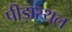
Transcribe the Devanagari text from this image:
पीड़ास्थल